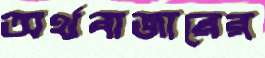
অর্থবাজারের